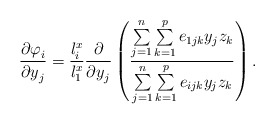
\begin{align*}\frac{{\partial \varphi }_{i}}{{\partial y}_{j}}=\frac{l_{i}^{x}}{l_{1}^{x}}\frac{\partial }{{\partial y}_{j}}\left( \frac{\sum\limits_{j=1}^n \sum\limits_{k=1}^p {e_{1jk}y_{j}z_{k}} }{\sum\limits_{j=1}^n \sum\limits_{k=1}^p {e_{ijk}y_{j}z_{k}} } \right).\end{align*}